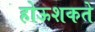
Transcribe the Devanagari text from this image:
होऊशकते